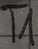
Text: T1